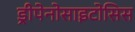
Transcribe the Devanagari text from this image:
ड्रीपेनोसाइटोसिस